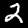
Digit: 2